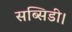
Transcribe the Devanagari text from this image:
सब्सिडी।